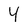
Character: 4